Lunatic asylums Madras 1892-1911 - 1892-1911
Year: 1892
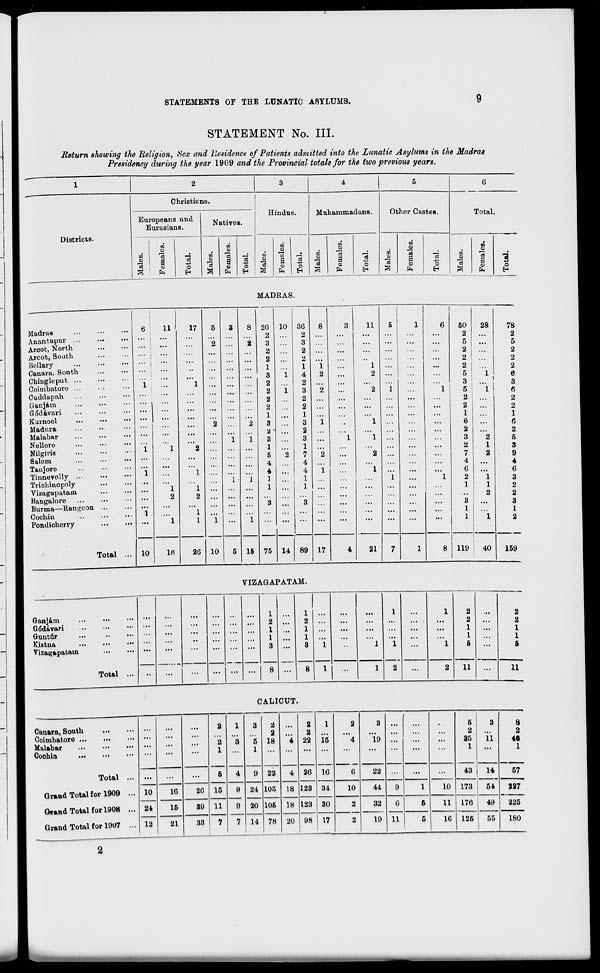
STATEMENTS OF THE LUNATIC ASYLUMS.
9
STATEMENT No. III.
Return showing the Religion, Sex and Residence of Patients admitted into the Lunatic Asylums in the Madras
Presidency during the year 1909 and the Provincial totals for the two previous years.
1
2
3
4
5
6
Christians.
!
Hindus.
Muhammadans.
Other Castes.
Europeans and
Eurasians.
Natives.
Total.
Districts.
on
0>
13
n
<u
13
a
fa
"a -p
o
to
13
m
01
a
01
fa
as
O
on
0>
3
on
Is
a
o>
fa
O
CO
0)
a
0>
fa
13
O
m
o>
13
S
S3
O
13
S
o>
fa
13
o
H
on
01
a
on
0)
13
3
0)
fa
IS
o
E-t
MADRAS.
Madras
Anantapur ...
Aroot, North
Arcot, Soath
Bellary
Canara, South
Chinglepufc ...
Coimbatoro ...
Cuddapah
Ganjam
Gddavari
Kurnool
Madura
Malabar
Nellore
Nilgiris
Salem
Tanjore
Tinnevelly ...
Trichinopoly
Vizagapatam
Bangalore
Burma—Rangoon
Cochin
Pondioherry
Total ... 10
11
16
17
5
2
3
1 ... ...
...
2
...
2
...
1
1
1
2
...
L
1
1
i ...
26 10
5 15
2G
2
3
2
2
1
3
2
2
2
2
1
3
■I
3
1
5
4
4
1
1
75
10
14
36
2
3
2
2
1
4
2
3
2
2
1
3
2
3
1
7
4
4
1
1
89 17
11
21
7
8
50
2
5
2
2 !
i
2
2
1
6
2
3
2
7
4
6
2
1
3
1
1
119
28
40
78
2
5
2
2
2
6
3
6
2
2
1
6
2
5
3
9
4
6
3
2
2
3
1
2
159
VIZAGAPATAM.
Ganjam
Q6davari
Guntur
Kistna
Vizagapatam
Total ...
11
2
2
1
1
5
11
CALICUT.
Canara, South
Coimbatore ...
Malabar
Coohin
Total
Grand Total for 1909
Grand Total for 1908
Grand Total for 1907
...
...
...
2
1
3
2
2
...
2
2
1
2
3 ...
...
• •
5
2
3
8
2
2
3
5 18
4 22 15
4
19
35
11
46
10
24
12
...
...
1
5
15
11
1
4
9
9
7
1
9
24
20
14
22
105
105
78
4
18
18
20
26 16
...
...
9
...
1
43
173
14
1
...
...
6
22
...
...
57
16
26
123
123
98
34
30
17
10
44
1
10
54
227
15
39
2
32
6
11
6
11 176
125
49
55
225
21
33
2
19
5
16
180